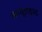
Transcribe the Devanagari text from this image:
कम्प्यूटराइज्ड